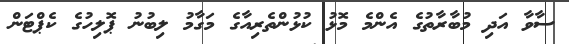
ސާވާ އަދި މުބާރާތުގެ އެންމެ މޮޅު ކުޅުންތެރިއާގެ މަގާމު ލިބުނު ޕޮލިހުގެ ކެޕްޓަން